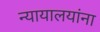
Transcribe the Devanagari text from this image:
न्यायालयांना